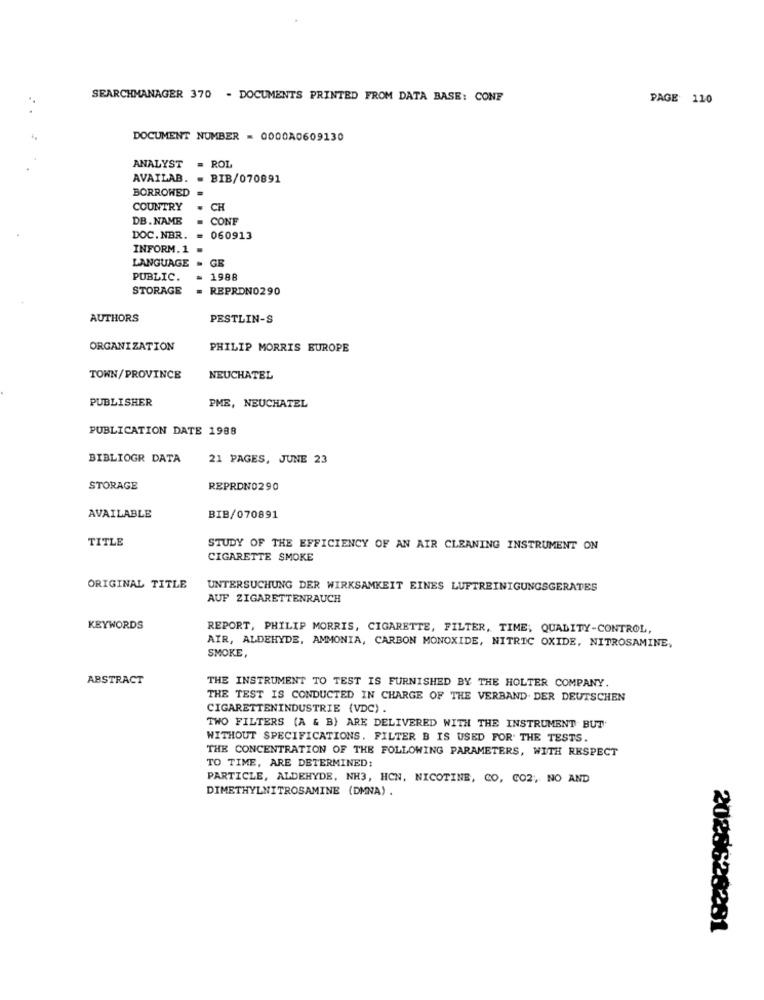
SEARCHMANAGER 370 - DOCUMENTS PRINTED FROM DATA BASE: CONF
PAGE 110
DOCUMENT NUMBER = 0000A0609130
ANALYST
- ROL
AVAILAB.
BIB/070891
BORROWED
COUNTRY
CH
DB. NAME
CONF
DOC.NBR. =
060913
INFORM.1 .
LANGUAGE = GE
PUBLIC.
1988
STORAGE
REPRDNO290
AUTHORS
PESTLIN-S
ORGANIZATION
PHILIP MORRIS EUROPE
TOWN/PROVINCE
NEUCHATEL
PUBLISHER
PME, NEUCHATEL
PUBLICATION DATE 1988
BIBLIOGR DATA
21 PAGES, JUNE 23
STORAGE
REPRDN0290
AVAILABLE
BIB/070891
TITLE
STUDY OF THE EFFICIENCY OF AN AIR CLEANING INSTRUMENT ON
CIGARETTE SMOKE
ORIGINAL TITLE
UNTERSUCHUNG DER WIRKSAMKEIT EINES LUFTREINIGUNGSGERATES
AUF ZIGARETTENRAUCH
KEYWORDS
REPORT, PHILIP MORRIS, CIGARETTE, FILTER, TIME, QUALITY-CONTROL,
AIR, ALDEHYDE, AMMONIA, CARBON MONOXIDE, NITRIC OXIDE, NITROSAMINE,
SMOKE,
ABSTRACT
THE INSTRUMENT TO TEST IS FURNISHED BY THE HOLTER COMPANY.
THE TEST IS CONDUCTED IN CHARGE OF THE VERBAND DER DEUTSCHEN
CIGARETTENINDUSTRIE (VDC) .
TWO FILTERS (A & B) ARE DELIVERED WITH THE INSTRUMENT BUT
WITHOUT SPECIFICATIONS. FILTER B IS USED FOR THE TESTS.
THE CONCENTRATION OF THE FOLLOWING PARAMETERS, WITH RESPECT
TO TIME, ARE DETERMINED:
PARTICLE, ALDEHYDE, NH3, HCN. NICOTINE, CO, CO2 ;, NO AND
DIMETHYLNITROSAMINE (DMNA) .
2028628281